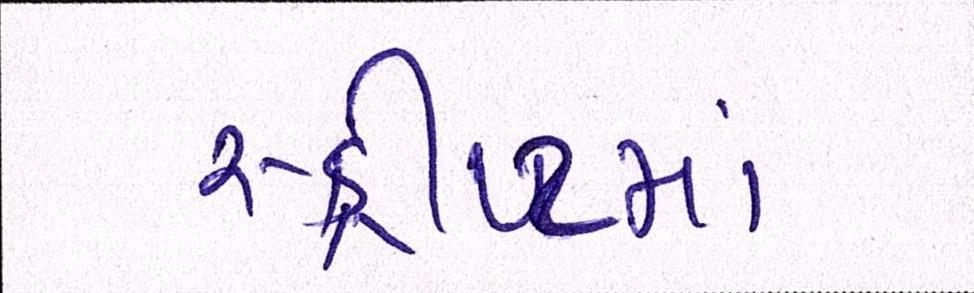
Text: સ્ક્રીપ્ટમાં